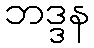
ဘဒ္ဒန